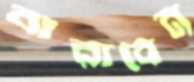
ঝরাবেন